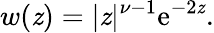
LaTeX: w(\mathit{z})=|\mathit{z}|^{\nu-1}\mathrm{{e}}^{-2\mathit{z}}.